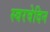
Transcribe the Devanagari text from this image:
स्वरवेदिन